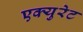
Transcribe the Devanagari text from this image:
एक्युरेट